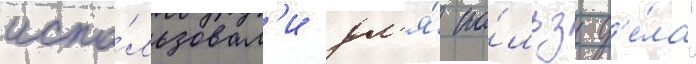
испо́льзовал'и дл'я́ по́льзы д'е́ла"